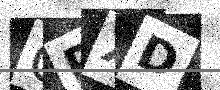
Text: CPXD